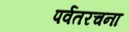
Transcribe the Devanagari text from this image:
पर्वतरचना